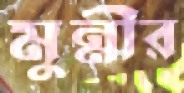
মুন্নীর